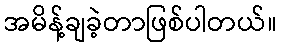
အမိန့်ချခဲ့တာဖြစ်ပါတယ်။